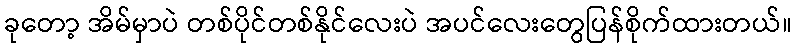
ခုတော့ အိမ်မှာပဲ တစ်ပိုင်တစ်နိုင်လေးပဲ အပင်လေးတွေပြန်စိုက်ထားတယ်။